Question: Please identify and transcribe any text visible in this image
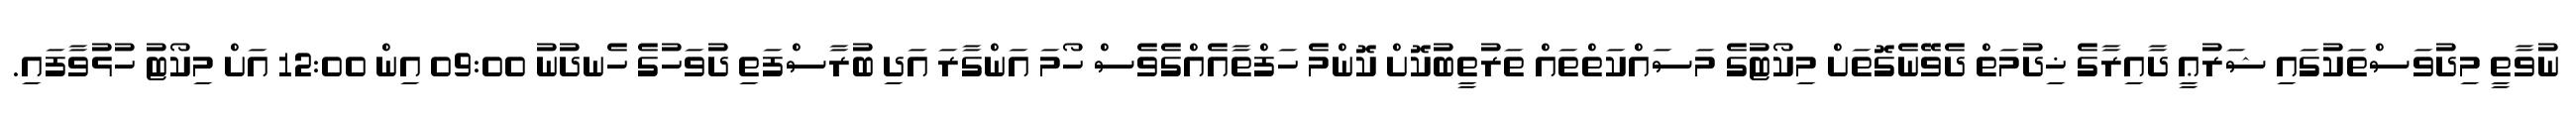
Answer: ނުވާތީ މިދުވަސްތަކުގައި ޝަރުޢީ ދާއިރާގެ ޚިދުމަތް ދެވޭނެގޮތަށް މިކޯޓުގެ މަސައްކަތްތައް ތަރުތީބުކޮށް ކޮންމެ ހަފްތާއެއްގެވެސް ހޯމަ އަންގާރަ އަދި ބުރާސްފަތި ދުވަހުގެ ހެނދުނު 09:00 އިން 12:00 އަށް މިކޯޓު ހުޅުވާފައި.